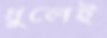
ধুলেই